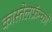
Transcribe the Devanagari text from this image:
कास्तेलफ्रॅन्को